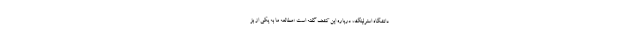
دانشگاه استرلینگ، درباره این کشف گفته است «مطالعه ما به یکی از بز